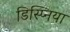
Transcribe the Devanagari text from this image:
डिस्प्निया